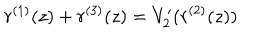
r ^ { ( 1 ) } ( z ) + r ^ { ( 3 ) } ( z ) = V _ { 2 } ^ { \prime } ( r ^ { ( 2 ) } ( z ) )